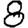
Digit: 8